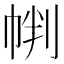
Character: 𱜩